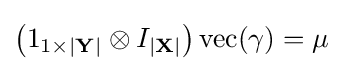
\left(1_{1\times |\mathbf {Y} |}\otimes I_{|\mathbf {X} |}\right)\operatorname {vec} (\gamma )=\mu